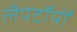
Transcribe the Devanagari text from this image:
लैपटॉपों